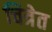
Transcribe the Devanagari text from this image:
चित्रेत